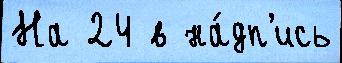
На 24 в на́дп'ись